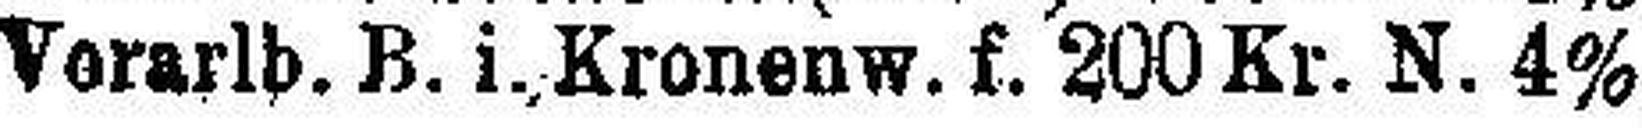
Vorarlb. B. i., Kronenw. f. 200 Kr. N. 4%